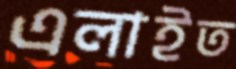
এলাইত